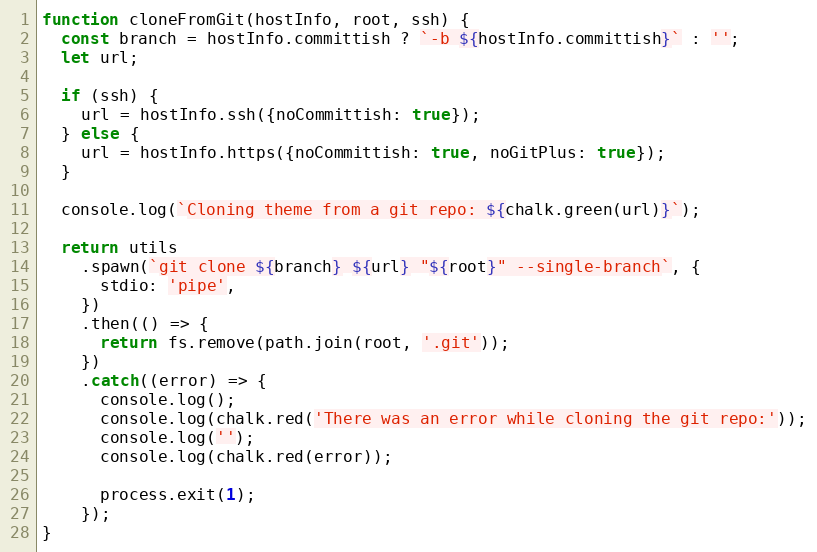
Language: JavaScript
function cloneFromGit(hostInfo, root, ssh) {
  const branch = hostInfo.committish ? `-b ${hostInfo.committish}` : '';
  let url;

  if (ssh) {
    url = hostInfo.ssh({noCommittish: true});
  } else {
    url = hostInfo.https({noCommittish: true, noGitPlus: true});
  }

  console.log(`Cloning theme from a git repo: ${chalk.green(url)}`);

  return utils
    .spawn(`git clone ${branch} ${url} "${root}" --single-branch`, {
      stdio: 'pipe',
    })
    .then(() => {
      return fs.remove(path.join(root, '.git'));
    })
    .catch((error) => {
      console.log();
      console.log(chalk.red('There was an error while cloning the git repo:'));
      console.log('');
      console.log(chalk.red(error));

      process.exit(1);
    });
}